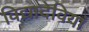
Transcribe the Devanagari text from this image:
विद्यादेवियां